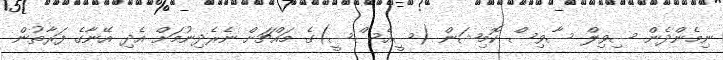
ނިމެންދެން ސިވިލް ސާވިސް ކޮމިޝަން (ސީއެސްސީ)ގެ މައްޗަށް ނެރެދިނުމަށް އެދި އޭނާގެ ފަރާތުން